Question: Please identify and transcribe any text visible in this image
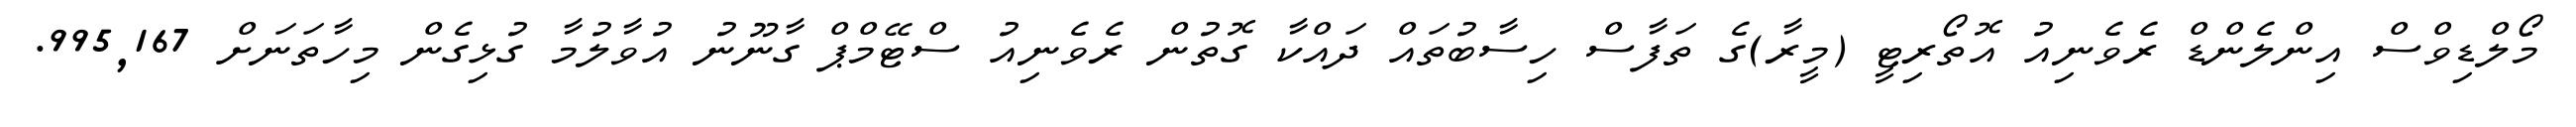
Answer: މޯލްޑިވްސް އިންލެންޑް ރެވެނިއު އޮތޯރިޓީ (މީރާ)ގެ ތަފާސް ހިސާބުތައް ދައްކާ ގޮތުން ރެވެނިއު ސްޓޭމްޕް ގާނޫނު އުވާލުމާ ގުޅިގެން މިހާތަނަށް 995,167.